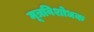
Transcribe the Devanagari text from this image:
मूत्रविशोधक